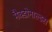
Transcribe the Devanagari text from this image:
मैक्डोनाल्डस